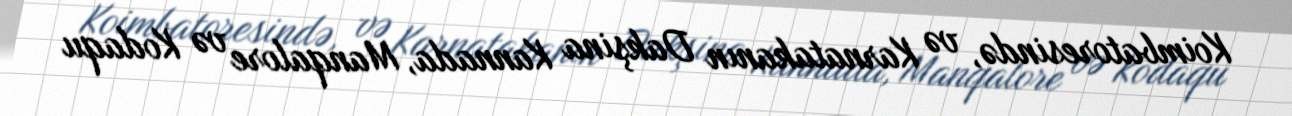
Koimbatoresində, və Karnatakanın Dakşina Kannada, Manqalore və Kodaqu